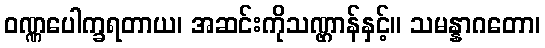
ဝဏ္ဏပေါက္ခရတာယ၊ အဆင်းကိုသဏ္ဌာန်နှင့်။ သမန္နာဂတော၊